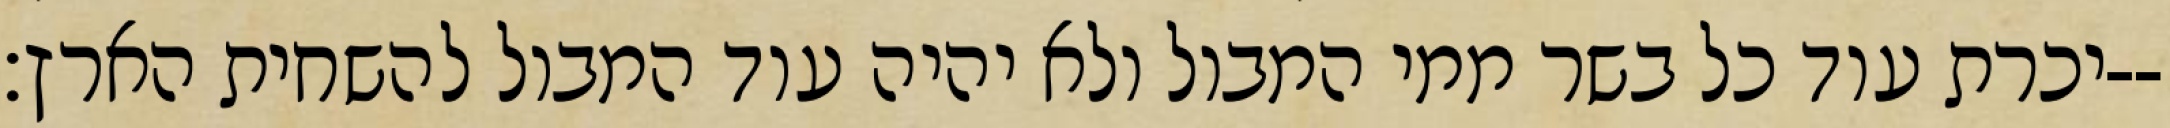
יכרת עוד כל בשר ממי המבול ולא יהיה עוד המבול להשחית הארץ׃--